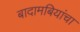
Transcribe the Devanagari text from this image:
बादामबियांचा